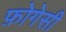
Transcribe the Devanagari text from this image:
फ़ोगेसी